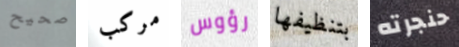
صحيح مركب رؤوس بتنظيفها حنجرته